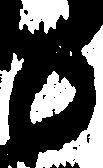
も